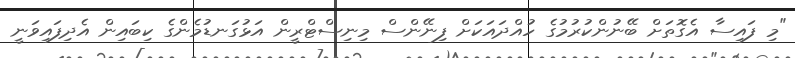
"މި ފައިސާ އެގޮތަށް ބޭނުންކުރުމުގެ ހުއްދައަކަށް ފިނޭންސް މިނިސްޓްރީން އަޅުގަނޑުމެންގެ ކިބައިން އެދިފައިވަނީ